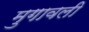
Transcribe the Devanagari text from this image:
मुगावली